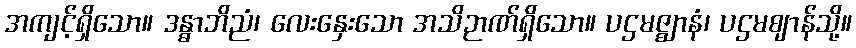
အကျင့်ရှိသော။ ဒန္ဓာဘိညံ၊ လေးနှေးသော အသိဉာဏ်ရှိသော။ ပဌမဇ္ဈာနံ၊ ပဌမဈာန်သို့။